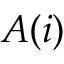
A ( i )